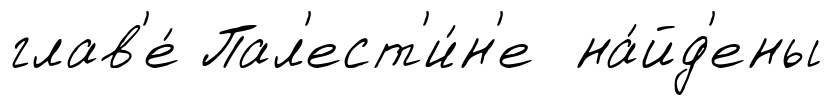
глав'е́ Пал'ест'и́н'е на́йд'ены